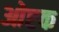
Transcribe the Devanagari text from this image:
ओष्टक